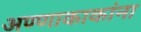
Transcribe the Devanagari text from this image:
अण्णाकाकांना